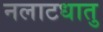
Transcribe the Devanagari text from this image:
नलाटधातु